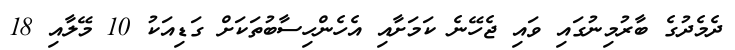
ދެމެދުގެ ބާރުމިނުގައި ވައި ޖެހޭނެ ކަމަށާއި އެހެންހިސާބުތަކަށް ގަޑިއަކު 10 މޭލާއި 18